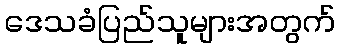
ဒေသခံပြည်သူများအတွက်